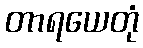
တာရယေတုံ